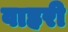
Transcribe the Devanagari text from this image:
वाहरी